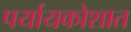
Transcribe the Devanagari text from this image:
पर्यायकोशात